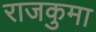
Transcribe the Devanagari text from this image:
राजकुमा